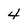
Character: 4